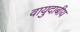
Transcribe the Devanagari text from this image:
वायुदाबीय